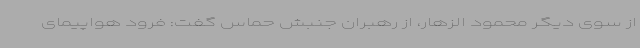
از سوی دیگر محمود الزهار، از رهبران جنبش حماس گفت: فرود هواپیمای